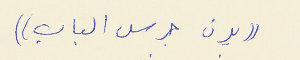
(( يرن جرس الباب ))